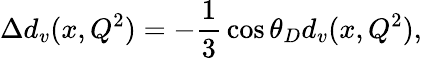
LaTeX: \Delta d_{v}(x,Q^{2})=-{\frac{1}{3}}\cos\theta_{D}d_{v}(x,Q^{2}),